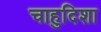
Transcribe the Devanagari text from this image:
चाहुदिशा